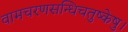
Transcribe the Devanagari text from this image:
वामचरणसन्धिचतुष्केषु।